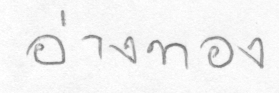
อ่างทอง